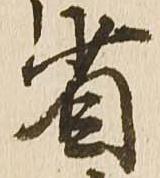
省